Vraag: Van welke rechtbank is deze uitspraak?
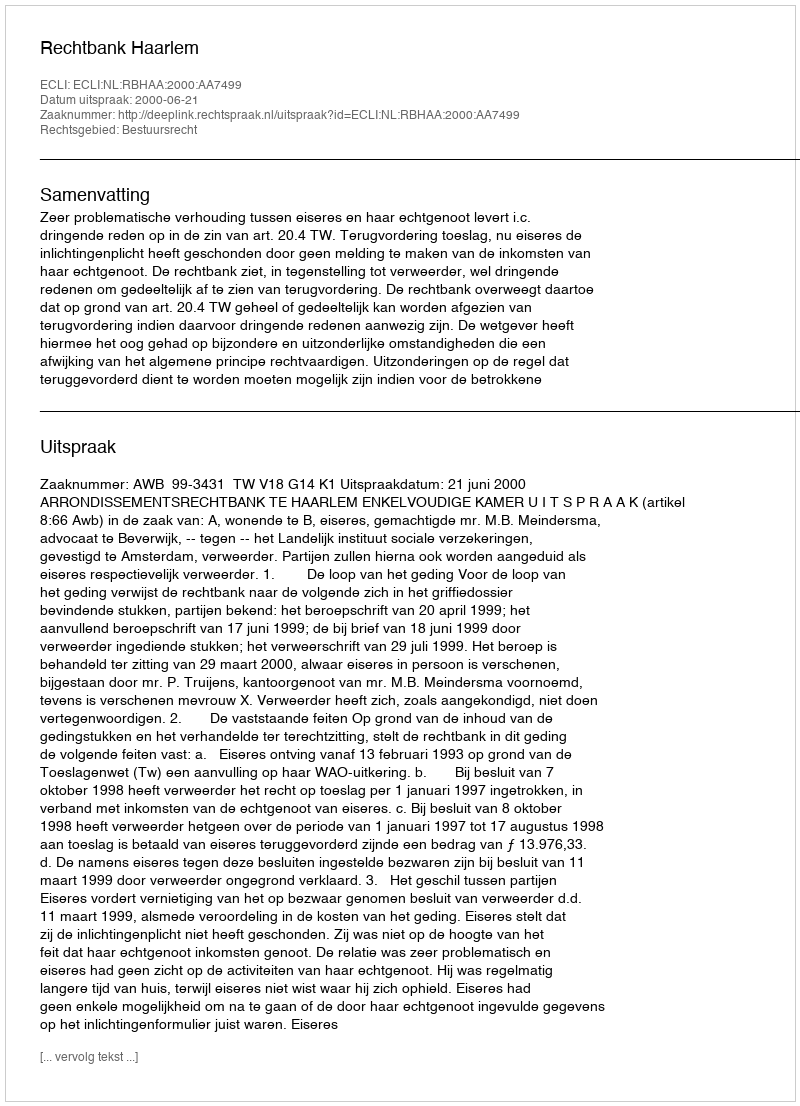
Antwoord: Rechtbank Haarlem